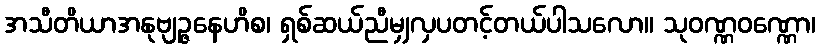
အသီတိယာအနုဗျဉ္ဇနေဟိစ၊ ရှစ်ဆယ်ညီမျှလှပတင့်တယ်ပါသလော။ သုဝဏ္ဏဝဏ္ဏော၊